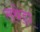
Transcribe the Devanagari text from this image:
लथेड़ा